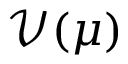
\mathcal V ( \mu )